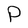
Character: P